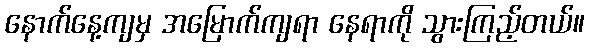
နောက်နေ့ကျမှ အမြောက်ကျရာ နေရာကို သွားကြည့်တယ်။